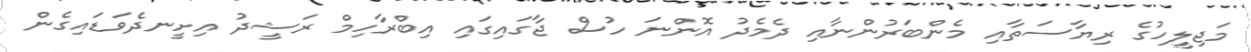
މަޖިލީހުގެ ރިޔާސަތާއި މެންބަރުންނާއި ދެމެދު އޮންނަ ހުސް ޖާގައިގައި އިބްރާހިމް ރަޝީދު އިށީނދެވަޑައިގެން